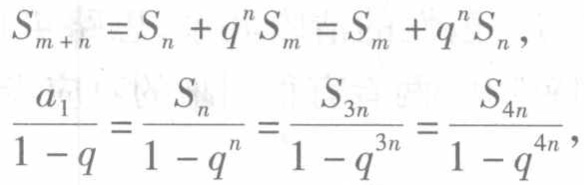
\[
S_{m + n}=S_{n}+q^{n}S_{m}=S_{m}+q^{n}S_{n},
\]
\[
\frac{a_{1}}{1 - q}=\frac{S_{n}}{1 - q^{n}}=\frac{S_{3n}}{1 - q^{3n}}=\frac{S_{4n}}{1 - q^{4n}},
\]